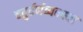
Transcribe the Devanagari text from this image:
चतुर्वर्णव्यवस्था